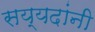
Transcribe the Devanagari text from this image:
सय्यदांनी